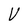
Character: V